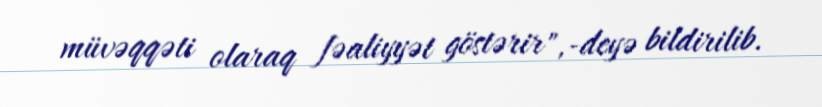
müvəqqəti olaraq fəaliyyət göstərir",-deyə bildirilib.